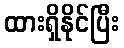
ထားရှိနိုင်ပြီး